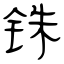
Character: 铢